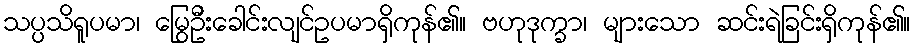
သပ္ပသိရူပမာ၊ မြွေဦးခေါင်းလျင်ဥပမာရှိကုန်၏။ ဗဟုဒုက္ခာ၊ များသော ဆင်းရဲခြင်းရှိကုန်၏။